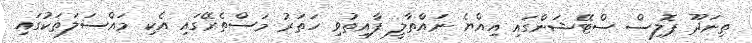
ތިނަދޫ ޕޮލިސް ސްޓޭޝަންގައި އިއްޔެ ނައްތާލީ ފާއިތުވި ހަތަރު މަސްތެރޭގައި އެކި މައްސަލަތަކުގައި